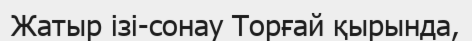
Жатыр ізі-сонау Торғай қырында,